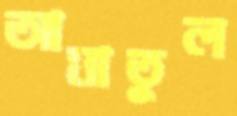
আমাতুল